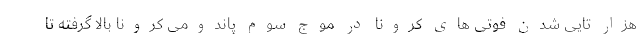
هزار تایی شدن فوتی های کرونا در موج سوم پاندومی کرونا بالا گرفته تا